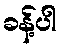
ခန့်ပါ